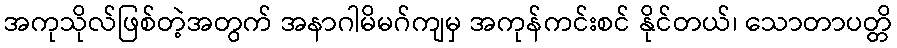
အကုသိုလ်ဖြစ်တဲ့အတွက် အနာဂါမိမဂ်ကျမှ အကုန်ကင်းစင် နိုင်တယ်၊ သောတာပတ္တိ